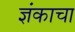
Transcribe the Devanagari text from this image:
ज्ञंकाचा